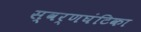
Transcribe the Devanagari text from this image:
स्वर्णघंटिका